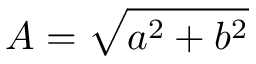
A = \sqrt { a ^ { 2 } + b ^ { 2 } }